Indian journal of veterinary science and animal husbandry - Volume 4,
Year: 1934
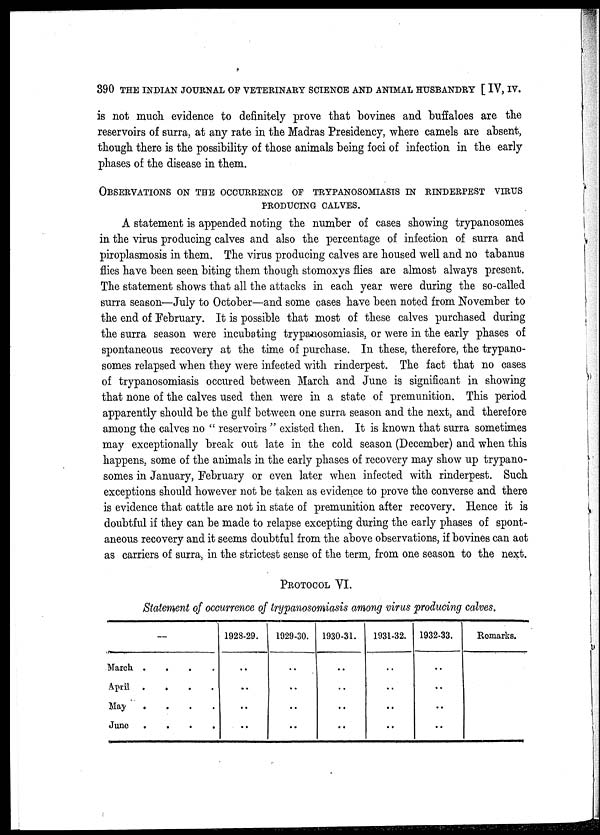
390 THE INDIAN JOURNAL OF VETERINARY SCIENCE AND ANIMAL HUSBANDRY [ IV, IV.
is not much evidence to definitely prove that bovines and buffaloes are the
reservoirs of surra, at any rate in the Madras Presidency, where camels are absent,
though there is the possibility of those animals being foci of infection in the early
phases of the disease in them.
OBSERVATIONS ON THE OCCURRENCE OF TRYPANOMIASIS IN RINDEPEST VIRUS
PRODUCING CALVES.
A statement is appended noting the number of cases showing trypanosomes
in the virus producing calves and also the percentage of infection of surra and
piroplasmosis in them. The virus producing calves are housed well and no tabanus
flies have been seen biting them though s tomoxys flies are almost always present.
The statement shows that all the attacks in each year were during the so-called
surra season—July to October—and some cases have been noted from November to
the end of February. It is possible that most of these calves purchased during
the surra season were incubating trypanosomiasis, or were in the early phases of
spontaneous recovery at the time of purchase. In these, therefore, the trypano-
somes relapsed when they were infected with rinderpest. The fact that no cases
of trypanosomiasis occured between March and June is significant in showing
that none of the calves used then were in a state of premunition. This period
apparently should be the gulf between one surra season and the next, and therefore
among the calves no " reservoirs " existed then. It is known that surra sometimes
may exceptionally break out late in the cold season (December) and when this
happens, some of the animals in the early phases of recovery may show up trypano-
somes in January, February or even later when infected with rinderpest. Such
exceptions should however not be taken as evidence to prove the converse and there
is evidence that cattle are not in state of premunition after recovery. Hence it is
doubtful if they can be made to relapse excepting during the early phases of spont-
aneous recovery and it seems doubtful from the above observations, if bovines can act
as carriers of surra, in the strictest sense of the term, from one season to the next.
PROTOCOL VI.
Statement of occurrence of trypanosomiasis among virus producing calves.
—
March
....
April
....
May
....
June
....
1928-29.
..
..
..
..
1929-30.
..
..
..
..
1930-31.
..
..
..
..
1931-32.
..
..
..
..
1932-33.
..
..
..
..
Remarks.